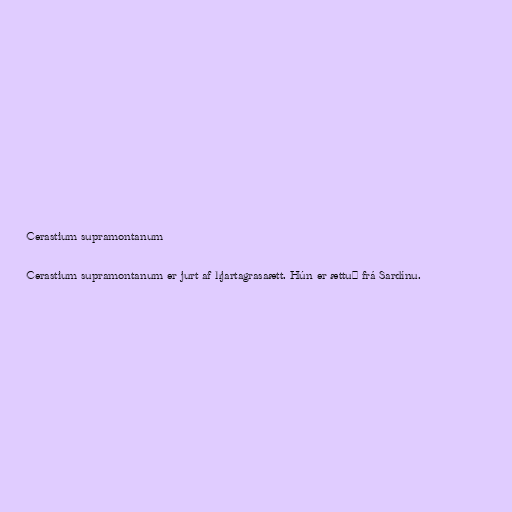
Cerastium supramontanum

Cerastium supramontanum er jurt af hjartagrasaætt. Hún er ættuð frá Sardínu.